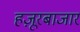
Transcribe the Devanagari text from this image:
हज़ूरबाजार